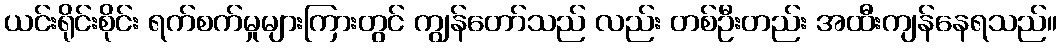
ယင်းရိုင်းစိုင်း ရက်စက်မှုများကြားတွင် ကျွန်တော်သည် လည်း တစ်ဦးတည်း အထီးကျန်နေရသည်။